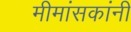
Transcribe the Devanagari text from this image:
मीमांसकांनी